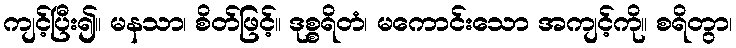
ကျင့်ပြီး၍။ မနသာ၊ စိတ်ဖြင့်။ ဒုစ္စရိတံ၊ မကောင်းသော အကျင့်ကို။ စရိတွာ၊